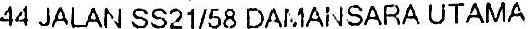
44 JALAN SS21/58 DAMANSARA UTAMA